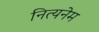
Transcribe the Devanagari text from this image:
नित्यनेम